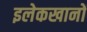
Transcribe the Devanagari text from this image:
इलेकखानों